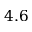
4 . 6